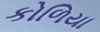
કોળિયા